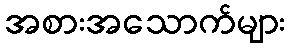
အစားအသောက်များ